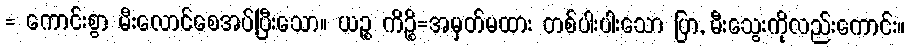
= ကောင်းစွာ မီးလောင်စေအပ်ပြီးသော။ ယဉ္စ ကိဉ္စိ=အမှတ်မထား တစ်ပါးပါးသော ပြာ, မီးသွေးကိုလည်းကောင်း။